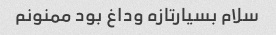
سلام بسیارتازه وداغ بود ممنونم